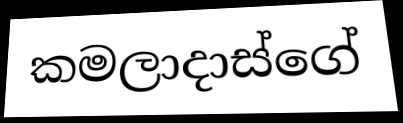
කමලාදාස්ගේ